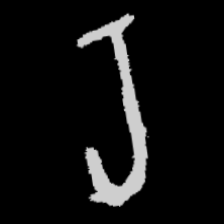
Pyu character \u2014 Myanmar letter: ရ (romanized: ra)